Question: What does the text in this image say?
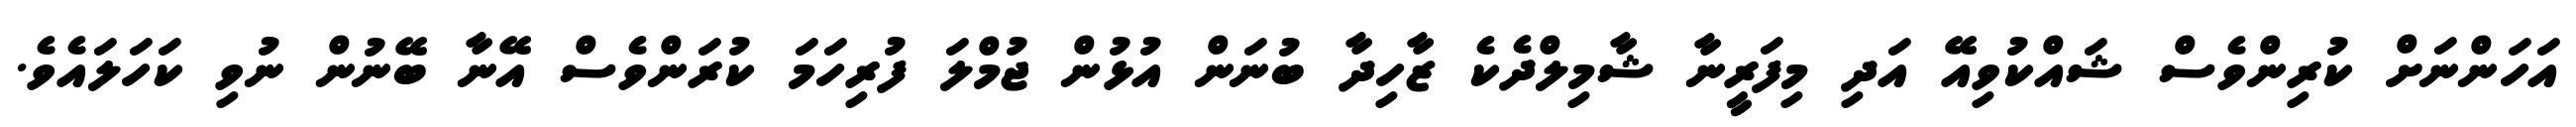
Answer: އަހަންނަށް ކުރިންވެސް ޝައްކުވިއޭ އަދި މިފަރީނާ ޝާމިލްދެކެ ޒާހިދާ ބުނަން އުޅުން ޖުމްލަ ފުރިހަމަ ކުރަންވެސް އޭނާ ބޭނުން ނުވި ކަހަލައެވެ.